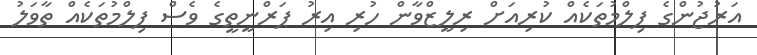
އަރުޖުންގެ ފިލްމުތަކެއް ކުރިއަށް ރިލީޒްވާން ހުރި އިރު ޕަރްނީތީގެ ވެސް ފިލްމުތަކެއް ތާވަލު